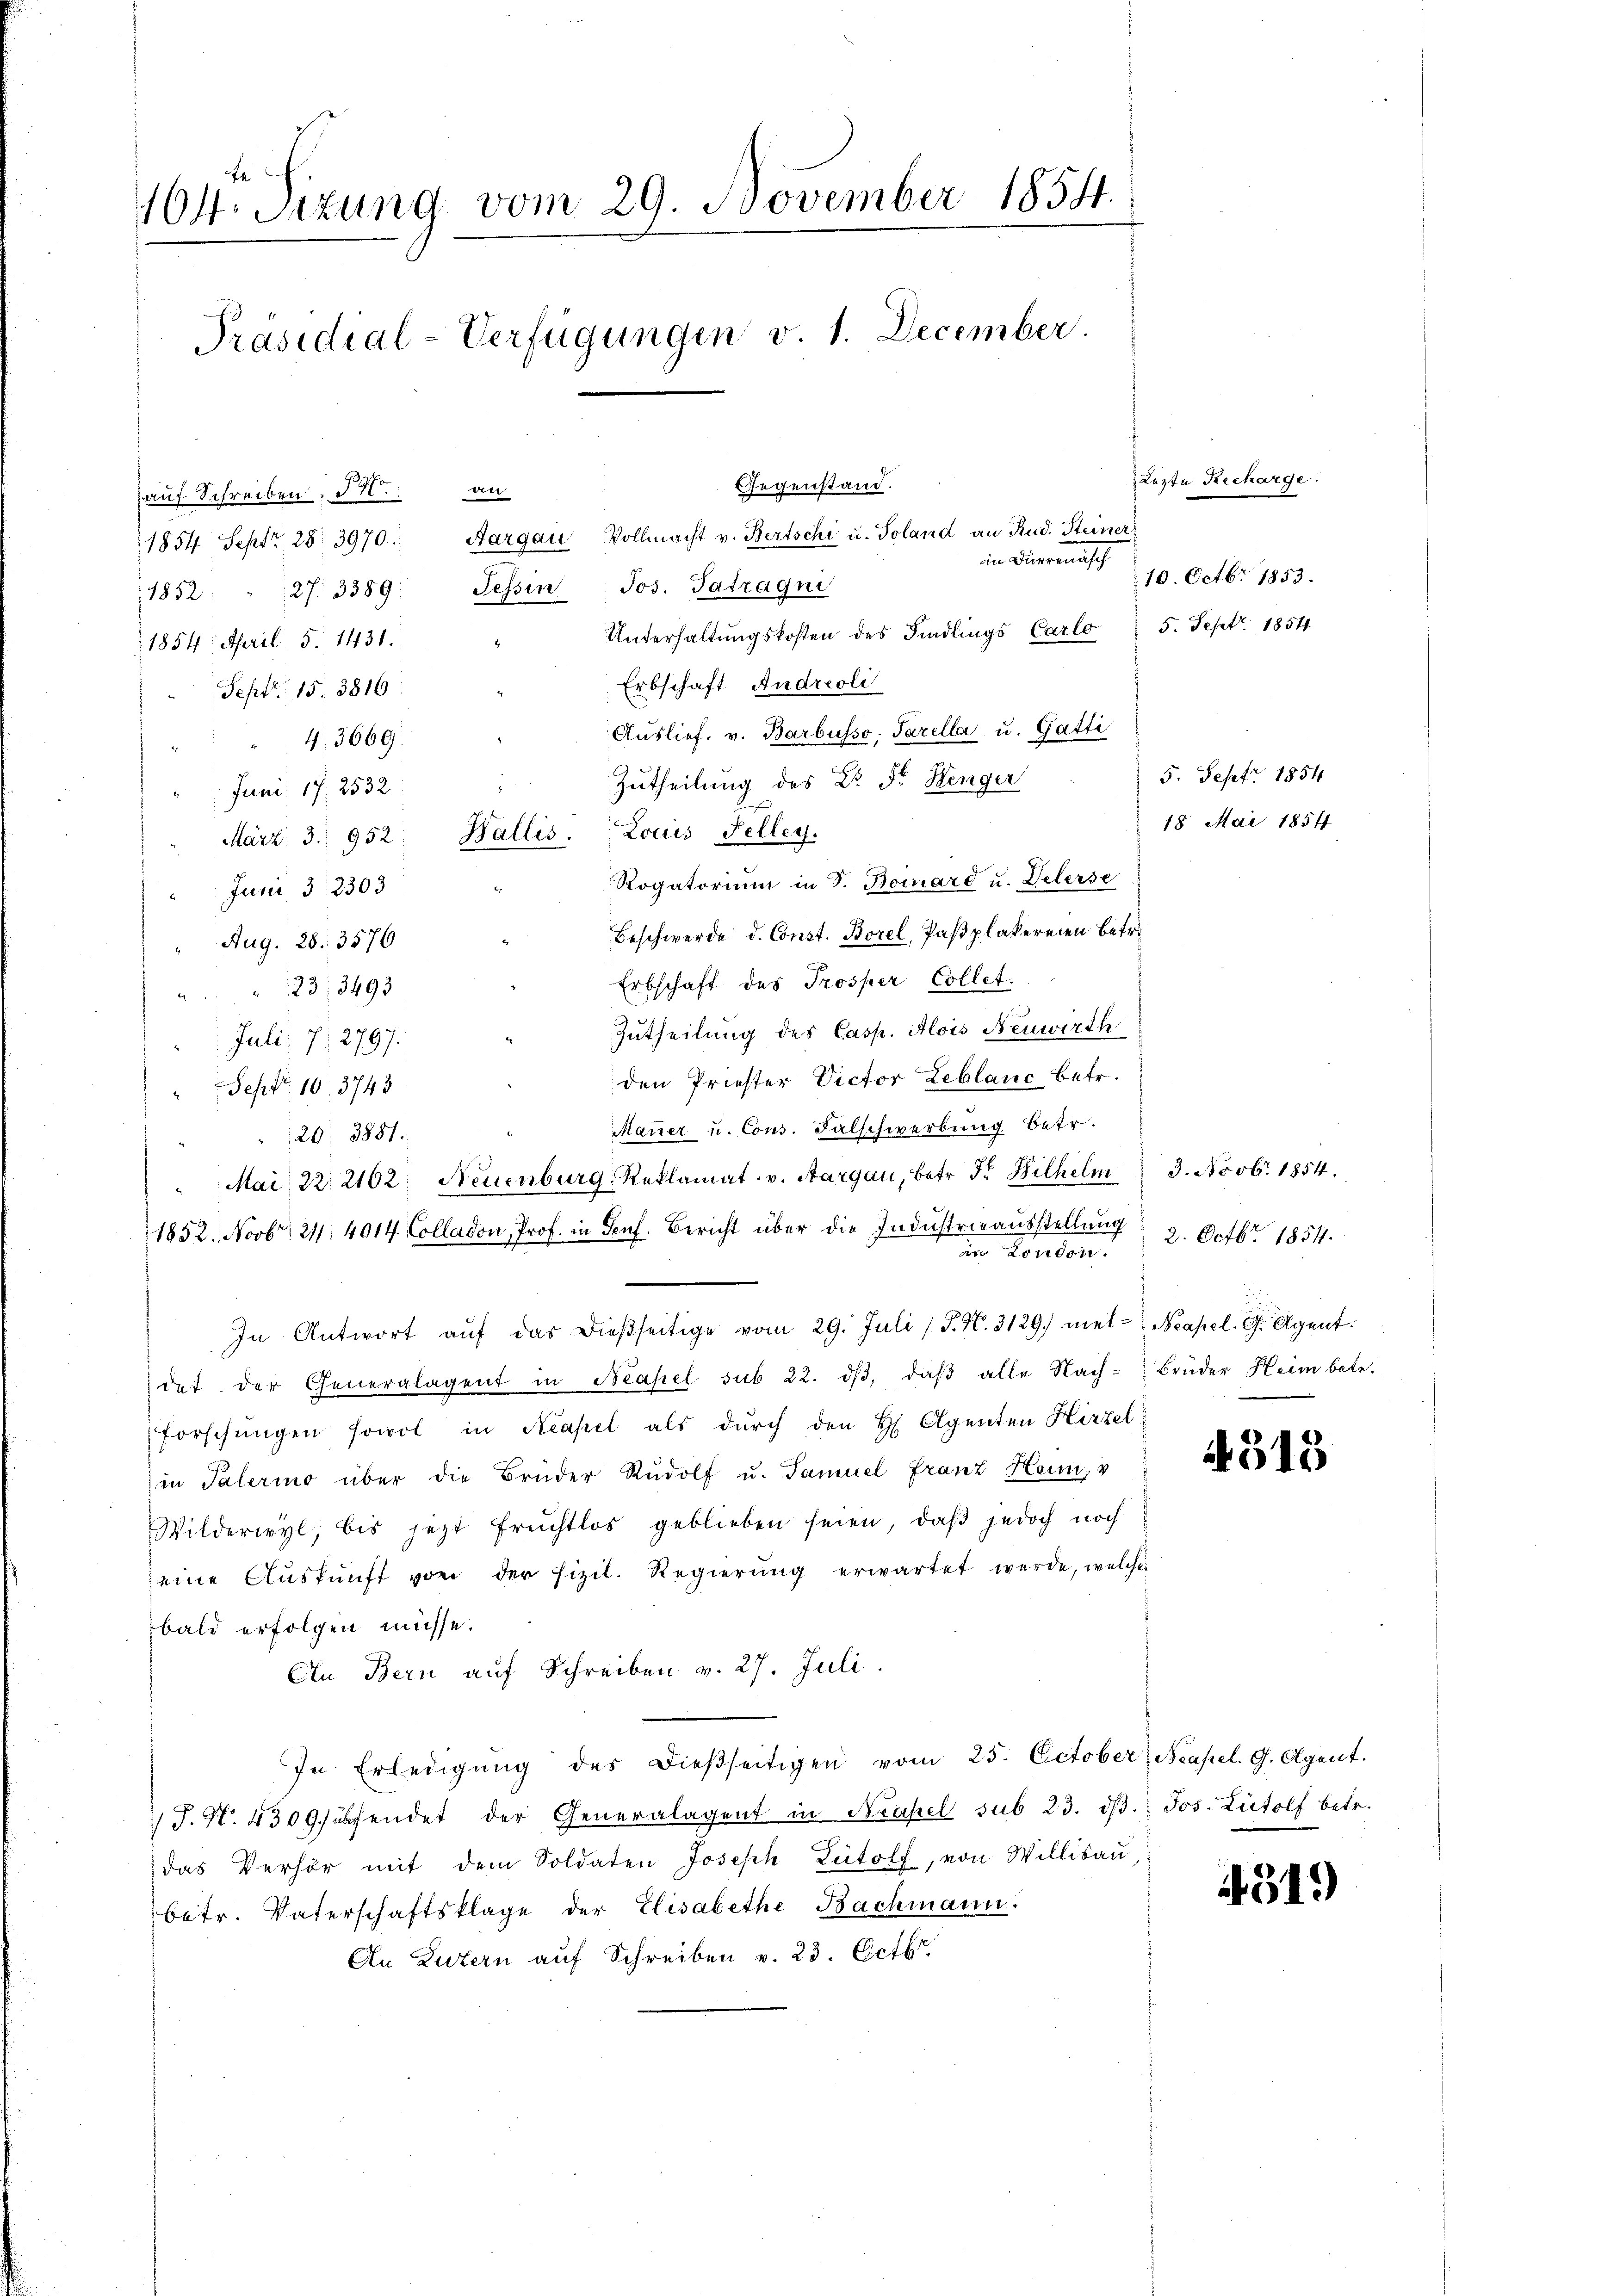
164 Sizung vom 29. November 1854.
Präsidial-Verfügungen v. 1. December.

auf Schreiben d. an
1854 Septr. 28. 3970. Aargau Vollmacht v. Bertschi u. Soland an Rud. Steiner
in Diermisch
1852: " 27. 3389. Tessin Jos. Satragni
" Unterhaltŭngskosten des Findlings Carlo 5. Sept. 1854
1854. April 5. 1431.
Erbschaft Andreoli
Sept. 15. 3816.
Auslief. v. Barbusso; Tarella u. Gatti
43669.
Zutheilung des Dr. Fr. Henger
Juni. 17. 2532
März 3. 952. Wallis. Louis Felley.
Rogatorium in J. Bornard u. Delerse
Junii 32303
Beschwerde d. Const. Borel, Paßplakereien betr.
Aug. 28. 3576
Erbschaft des Prosper Collet
23; 3493
Zutheilung des Casp. Alois Neuwirth
Juli 7. 2797.
den Priester Victor Leblanc betr.
Sept. 10. 3743
Mauer u. Cons. Falschwerbung betr.
20. 3881.
Mai, 22. 2102: Neuenburg, Reklamat. v. Aargau, betr. Fr. Bilhelm 3. Novbr. 1854.
1852. Novbr. 24. 4014 Colladon, Prof. in Senf. Bericht über die Industrieausstellung 2. Octbr. 1854.
ir Linden.
In Antwort aŭf das dießseitige vom 29. Juli (T. N. 3129. mel- Neapel. G. Agent.
det der Generalagent in Neapel sub 22. dβ, daβ alle Nach- Brüder Heim betr.
Forschungen sowol in Neapel als dŭrch den H Agenten Hirzel
in Palerino über die Brüder Rŭdolf u. Samuel Franz Haini, v
Wilderwyl, bis jezt Früchtlos geblieben seien, daβ jedoch noch
eine Auskunft von der Fizil. Regierung erwartet werde, welche
bald erfolgen müsse.
An Bern auf Schreiben v. 27. Juli.
In Erledigŭng des dieβseitigen vom 25. October, Neapel. 9. Agent.
 J. N. 4309 fügendet der Generalagent in Neapel sub 23. dβ. Jos. Lütolf betr.
das Verhör mit dem Soldaten Joseph Lütolf, von Willisau
betr. Vaterschaftsklage der Elisabethe Bachmann.
An Luzern auf Schreiben v. 23. Oct.

Gegenstand.

10. Octbr. 1853.

Lezte Recharge.

5. Sept. 1854
18 Mai 1854

4315

4319